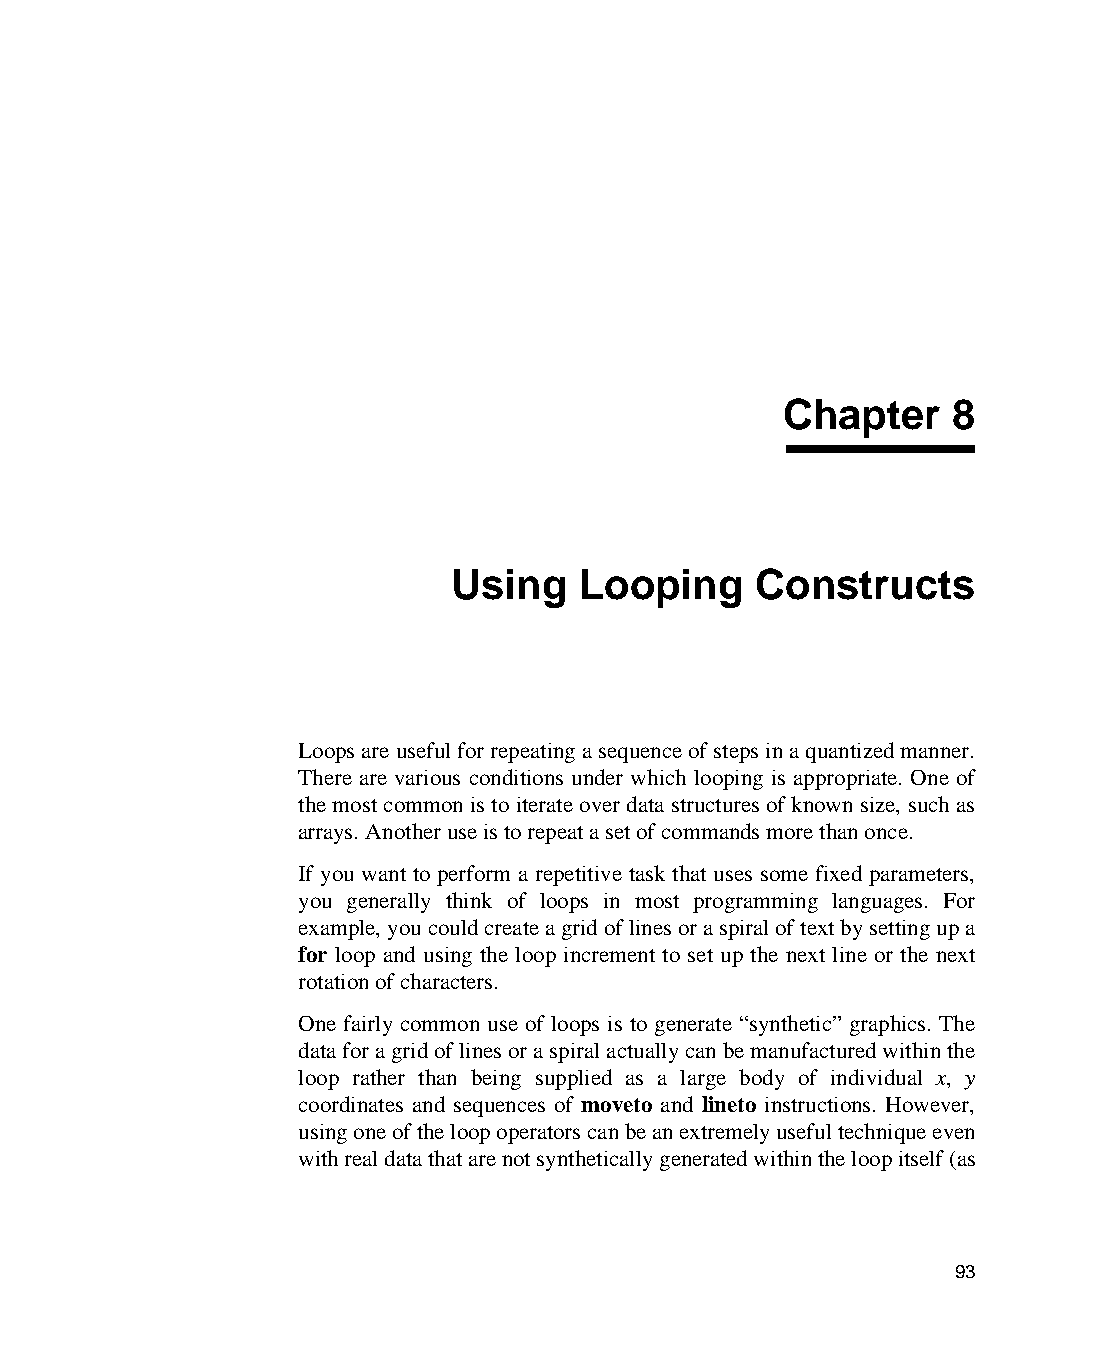
Chapter     8
 Using   Looping     Constructs
 Loops are useful for repeating a sequence of steps in a quantized manner.
 There are various conditions under which looping is appropriate. One of
 the most common is to iterate over data structures of known size, such as
 arrays. Another use is to repeat a set of commands more than once.
 If you want to perform a repetitive task that uses some fixed parameters,
 you generally think of loops in most programming languages. For
 example, you could create a grid of lines or a spiral of text by setting up a
 for loop and using the loop increment to set up the next line or the next
 rotation of characters.
 One fairly common use of loops is to generate “synthetic” graphics. The
 data for a grid of lines or a spiral actually can be manufactured within the
 loop rather than being supplied as a large body of individual x, y
 coordinates and sequences of moveto and lineto instructions. However,
 using one of the loop operators can be an extremely useful technique even
 with real data that are not synthetically generated within the loop itself (as
 93